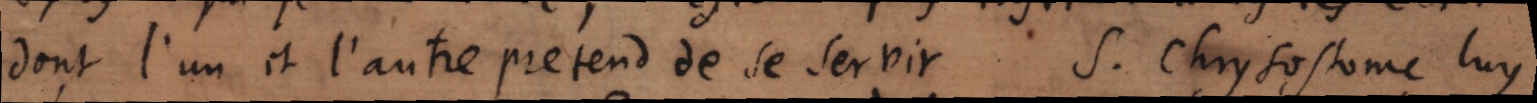
dont l’un et l’autre pretend de se servir. S. Chrysostome luy